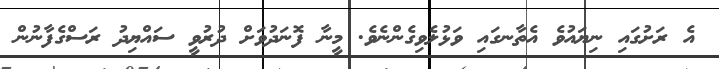
އެ ރަށުގައި ނިޔައުވެ އެތާނގައި ވަޅުލެވިގެންނެވެ. މީނާ ފޮނަދުވަށް ދުރުވީ ސައްޔިދު ރަސްގެފާނުން